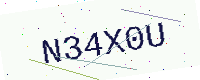
Text: N34X0U